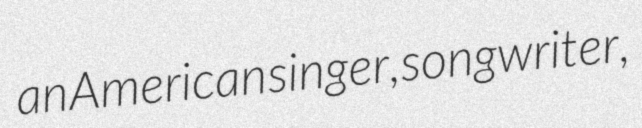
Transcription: an American singer, songwriter,